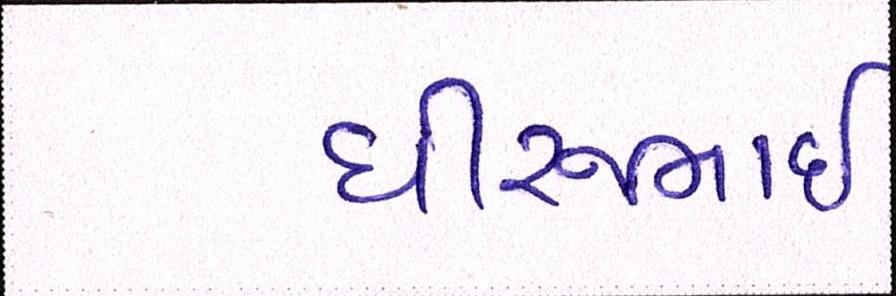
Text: ધીરુભાઇ